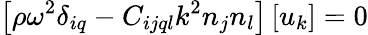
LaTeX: \left[\rho\omega^{2}\delta_{iq}-C_{ijql}k^{2}n_{j}n_{l}\right]\left[u_{k}\right]=0